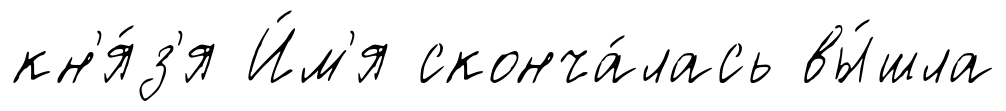
кн'я́з'я И́м'я сконча́лась вы́шла